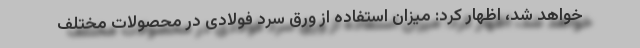
خواهد شد، اظهار کرد: میزان استفاده از ورق سرد فولادی در محصولات مختلف